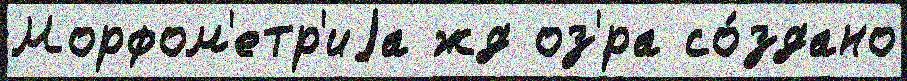
Морфом'етр'иjа жд оз'́ра со́здано